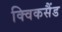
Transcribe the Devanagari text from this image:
क्विकसैंड